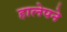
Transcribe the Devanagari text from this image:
हालेपने